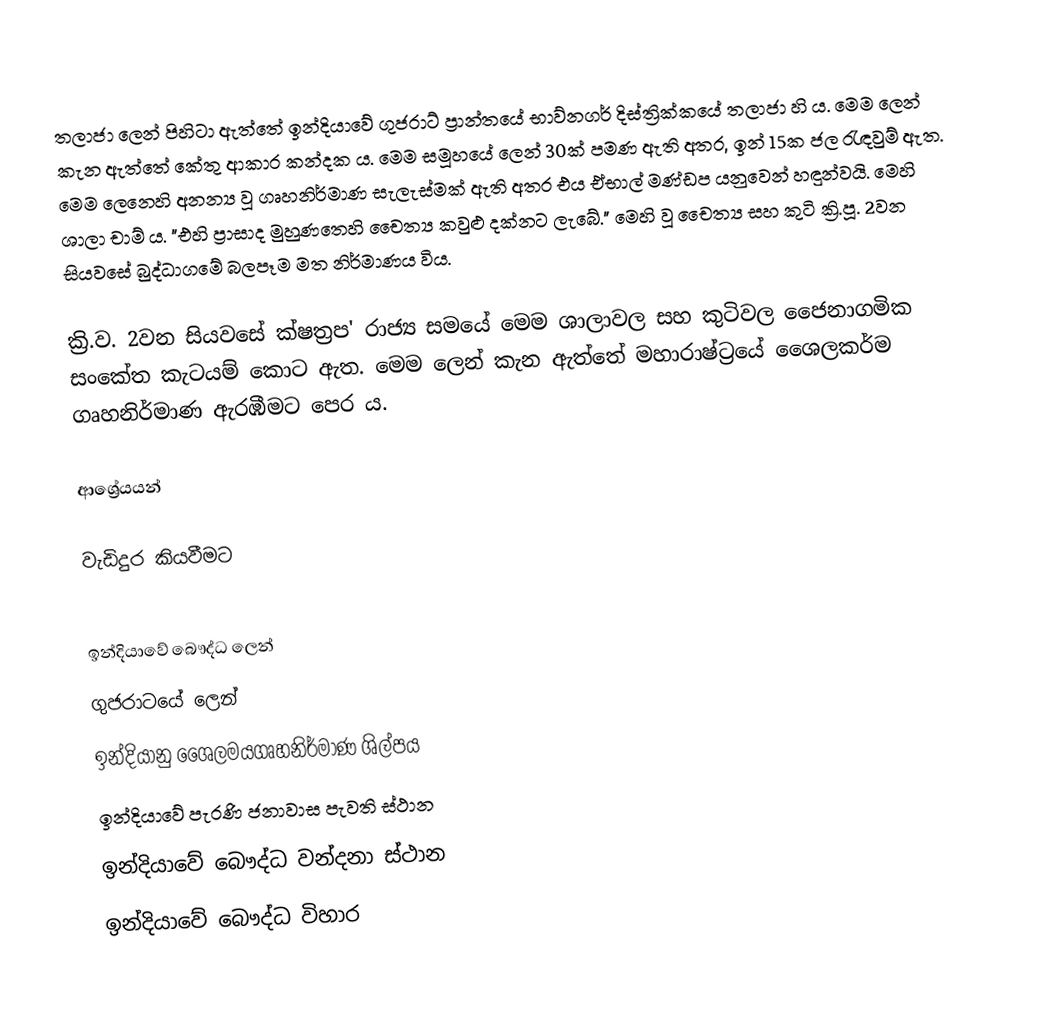
තලාජා ලෙන් පිහිටා ඇත්තේ ඉන්දියාවේ ගුජරාට් ප්‍රාන්තයේ භාව්නගර් දිස්ත්‍රික්කයේ තලාජා හි ය. මෙම ලෙන් කැන ඇත්තේ කේතු ආකාර කන්දක ය. මෙම සමූහයේ ලෙන් 30ක් පමණ ඇති අතර, ඉන් 15ක ජල රැඳවුම් ඇත. මෙම ලෙනෙහි අනන්‍ය වූ ගෘහනිර්මාණ සැලැස්මක් ඇති අතර එය ඒභාල් මණ්ඩප යනුවෙන් හඳුන්වයි. මෙහි ශාලා චාම් ය. "එහි ප්‍රාසාද මුහුණතෙහි චෛත්‍ය කවුළු දක්නට ලැබේ."  මෙහි වූ චෛත්‍ය සහ කුටි ක්‍රි.පූ. 2වන සියවසේ බුද්ධාගමේ බලපෑම මත නිර්මාණය විය.

ක්‍රි.ව. 2වන සියවසේ ක්ෂත්‍රප' රාජ්‍ය සමයේ මෙම ශාලාවල සහ කුටිවල ජෛනාගමික සංකේත කැටයම් කොට ඇත. මෙම ලෙන් කැන ඇත්තේ මහාරාෂ්ට්‍රයේ ශෛලකර්ම ගෘහනිර්මාණ ඇරඹීමට පෙර ය.

ආශ්‍රේයයන්

වැඩිදුර කියවීමට

ඉන්දියාවේ බෞද්ධ ලෙන්
ගුජරාටයේ ලෙන්
ඉන්දියානු ශෛලමයගෘහනිර්මාණ ශිල්පය
ඉන්දියාවේ පැරණි ජනාවාස පැවති ස්ථාන
ඉන්දියාවේ බෞද්ධ වන්දනා ස්ථාන
ඉන්දියාවේ බෞද්ධ විහාර